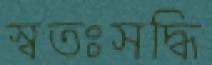
স্বতঃসদ্ধি